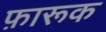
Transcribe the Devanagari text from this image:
फ़ारूक